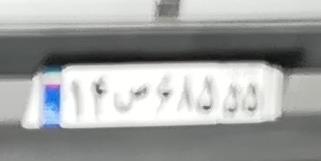
۱۴ص۶۸۵۵۵